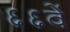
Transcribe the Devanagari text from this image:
६६वें